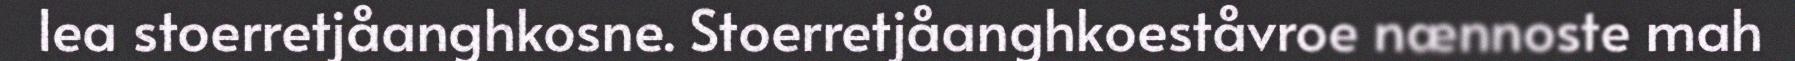
lea stoerretjåanghkosne. Stoerretjåanghkoeståvroe nænnoste mah